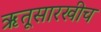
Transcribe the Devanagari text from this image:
ऋतूसारखीच